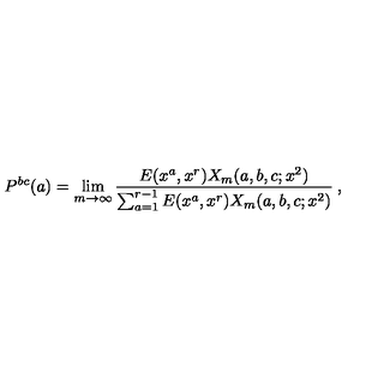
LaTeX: P ^ { b c } ( a ) = \lim _ { m \to \infty } \frac { E ( x ^ { a } , x ^ { r } ) X _ { m } ( a , b , c ; x ^ { 2 } ) } { \sum _ { a = 1 } ^ { r - 1 } E ( x ^ { a } , x ^ { r } ) X _ { m } ( a , b , c ; x ^ { 2 } ) } \: ,